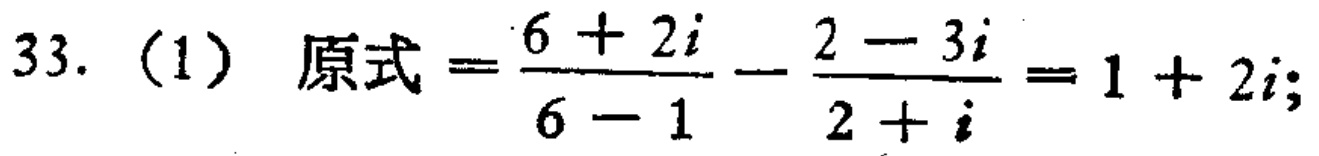
33. (1) 原式$=\frac{6 + 2i}{6 - 1}-\frac{2 - 3i}{2 + i}=1 + 2i$;